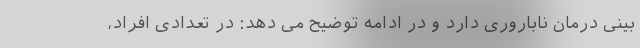
بینی درمان ناباروری دارد و در ادامه توضیح می دهد: در تعدادی افراد،